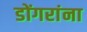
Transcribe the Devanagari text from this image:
डोंगरांना